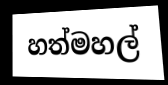
හත්මහල්